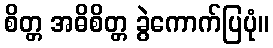
စိတ္တ အဓိစိတ္တ ခွဲကောက်ပြပုံ။